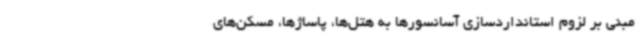
مبنی بر لزوم استانداردسازی آسانسورها به هتل‌ها، پاساژها، مسکن‌های